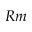
R m